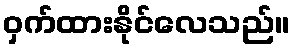
ဝှက်ထားနိုင်လေသည်။